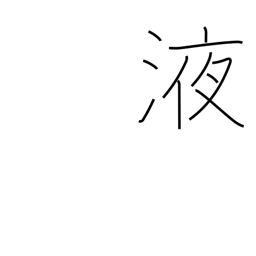
Meaning: juice